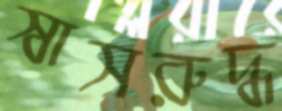
স্বাসরুদ্ধ